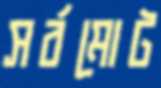
সর্বমোট